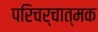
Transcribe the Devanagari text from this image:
परिचर्चात्मक